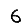
Digit: 6